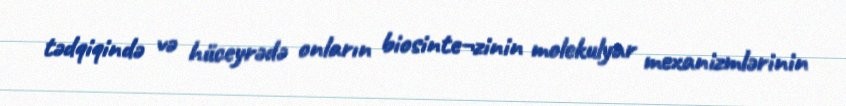
tədqiqində və hüceyrədə onların biosinte¬zinin molekulyar mexanizmlərinin